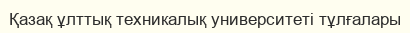
Қазақ ұлттық техникалық университеті тұлғалары